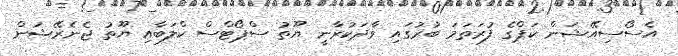
އެސޯސިއޭޝަން ކަޕްގެ ފުރަތަމަ ބުރުގައި ވާދަކުރާނީ ޔޫތު ސްޕޯޓްސް ކްލަބާއި ޔޫތު ޖެނެރޭޝަން